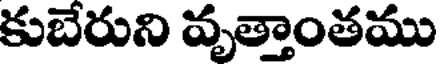
కుబేరుని వృత్తాంతము